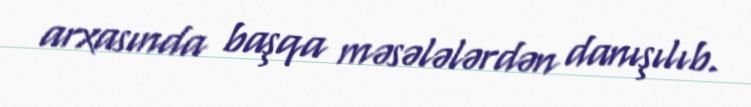
arxasında başqa məsələlərdən danışılıb.